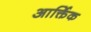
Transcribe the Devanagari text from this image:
आर्क्तिक